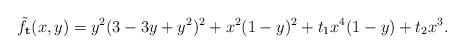
LaTeX: \begin{align*}\tilde{f}_{\mathbf{t}}(x,y)=y^2(3-3 y+y^2)^2+x^{2} (1-y)^2+ t_1 x^{4} (1-y)+t_2 x^{3}.\end{align*}